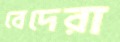
বেদেরা